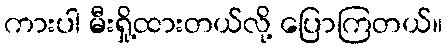
ကားပါ မီးရှို့ထားတယ်လို့ ပြောကြတယ်။